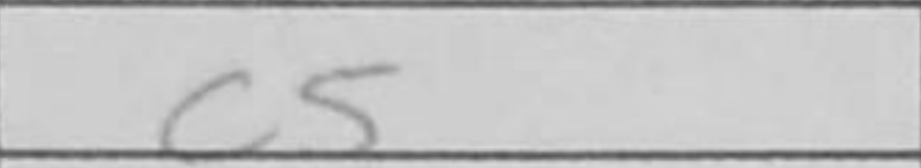
Transcription: c5